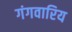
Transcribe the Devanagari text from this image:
गंगवारिय